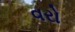
વરો